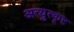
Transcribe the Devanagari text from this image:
अत्युुत्कृष्ट